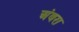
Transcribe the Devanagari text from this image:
अंबरा